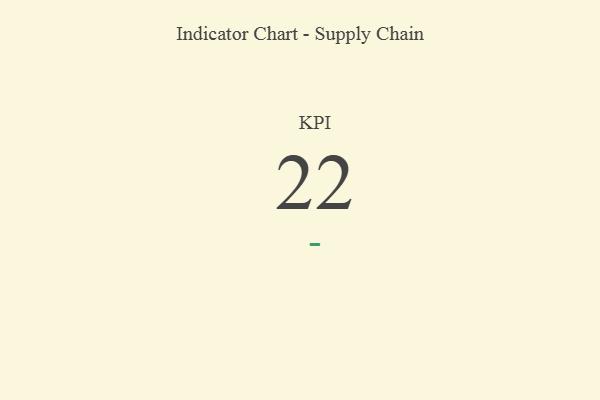
{"axis": {"x": "KPI", "y": "Value"}, "legend": [""], "data": [{"x": "KPI", "y": 22, "type": ""}]}